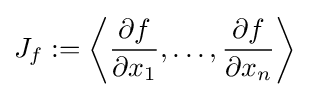
J_{f}:=\left\langle {\frac {\partial f}{\partial x_{1}}},\ldots ,{\frac {\partial f}{\partial x_{n}}}\right\rangle